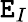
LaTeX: \mathtt{E}_{I}